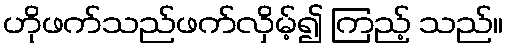
ဟိုဖက်သည်ဖက်လှိမ့်၍ ကြည့် သည်။